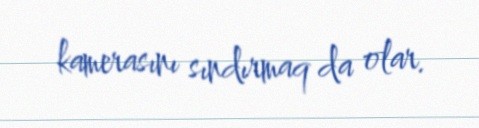
kamerasını sındırmaq da olar.